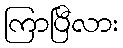
ကြာပြီလား